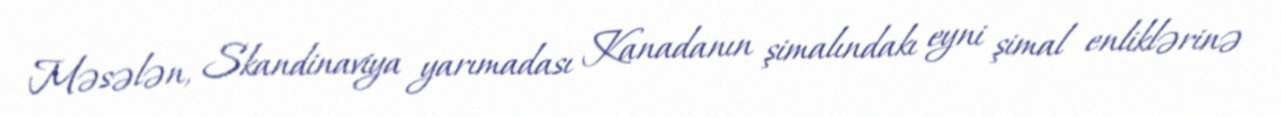
Məsələn, Skandinaviya yarımadası Kanadanın şimalındakı eyni şimal enliklərinə